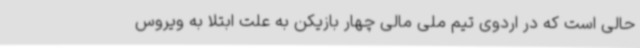
حالی است که در اردوی تیم ملی مالی چهار بازیکن به علت ابتلا به ویروس